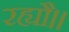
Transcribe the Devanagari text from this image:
रह्यौ।।